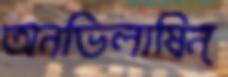
অনভিলাষিন্